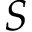
S